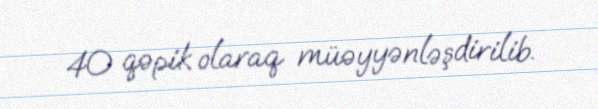
40 qəpik olaraq müəyyənləşdirilib.